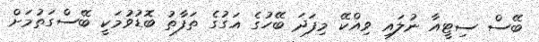
ބޭސް ސިޓީއާ ނުލައި ވިއްކޭ މިފަދަ ބޭހުގެ އަގުގެ ތަފާތު ބޮޑުވުމަކީ ބޭސްގަތުމަށް